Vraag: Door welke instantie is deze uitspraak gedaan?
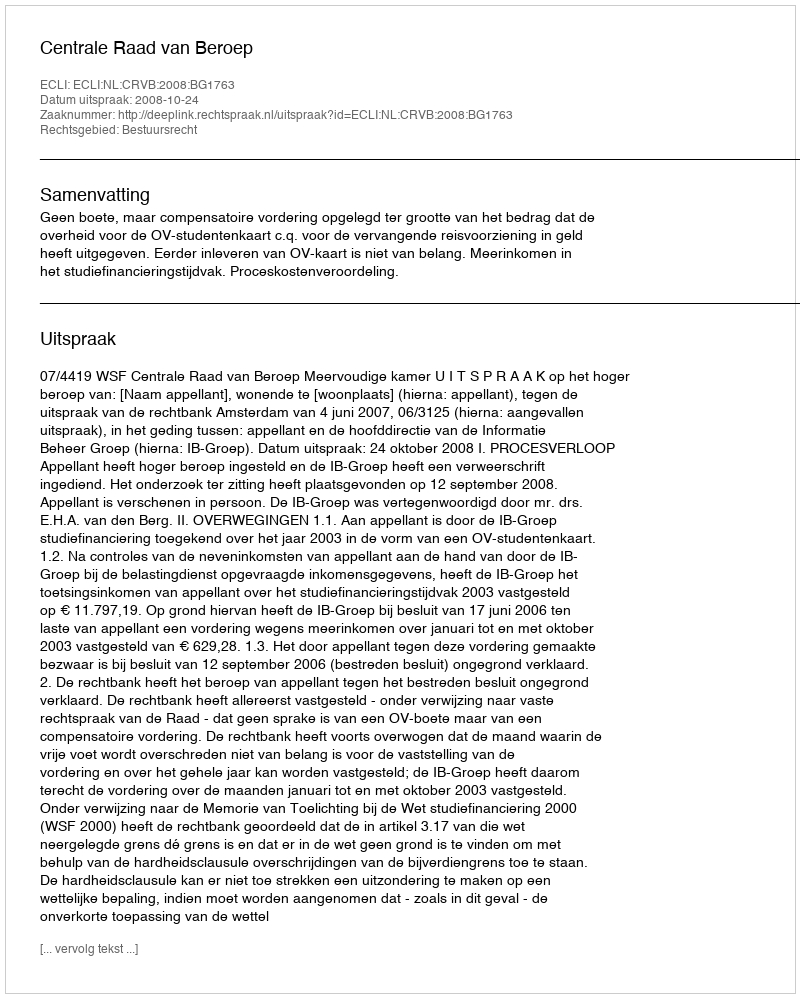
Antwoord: Centrale Raad van Beroep